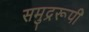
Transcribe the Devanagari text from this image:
समुद्ररूपी